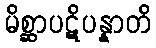
မိစ္ဆာပဋိပန္နာတိ